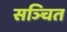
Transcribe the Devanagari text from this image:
सञ्चित